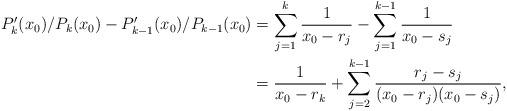
LaTeX: \begin{align*} P'_{k}(x_0)/P_k(x_0)-P'_{k-1}(x_0)/P_{k-1}(x_0) &= \sum_{j=1}^k \frac{1}{x_0-r_j} - \sum_{j=1}^{k-1} \frac{1}{x_0-s_j} \\&= \frac{1}{x_0-r_k} + \sum_{j=2}^{k-1}\frac{r_j-s_j}{(x_0-r_j)(x_0-s_j)},\end{align*}